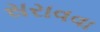
સરાવવા